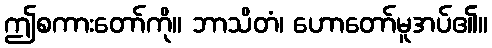
ဤစကားတော်ကို။ ဘာသိတံ၊ ဟောတော်မူအပ်၏။